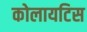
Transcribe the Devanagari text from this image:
कोलायटिस